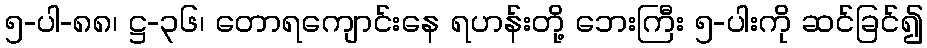
၅-ပါ-၈၈၊ ဋ္ဌ-၃၆၊ တောရကျောင်းနေ ရဟန်းတို့ ဘေးကြီး ၅-ပါးကို ဆင်ခြင်၍